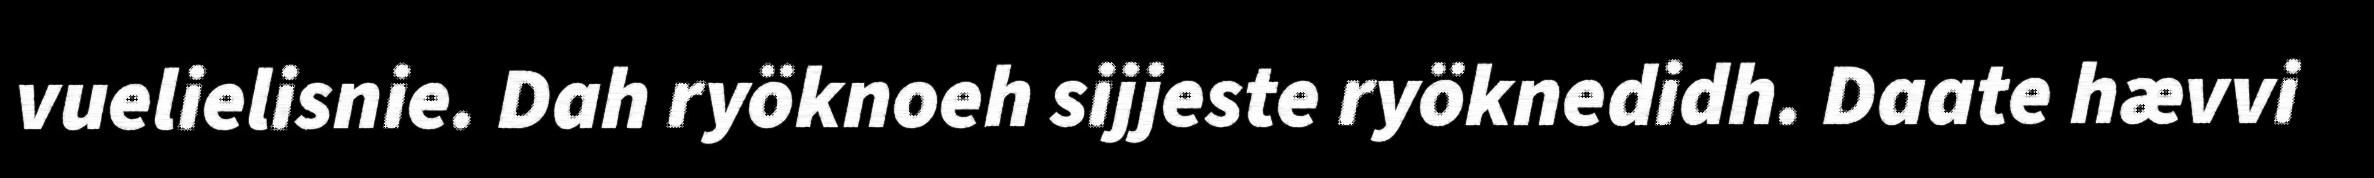
vuelielisnie. Dah ryöknoeh sijjeste ryöknedidh. Daate hævvi